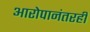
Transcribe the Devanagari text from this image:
आरोपानंतरही